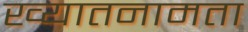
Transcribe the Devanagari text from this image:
ख्यातनामता